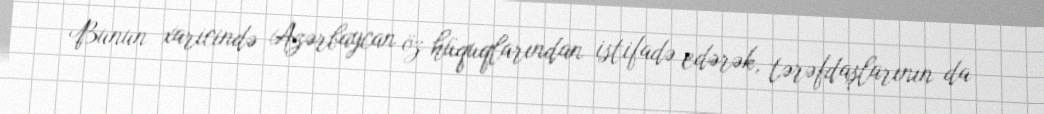
Bunun xaricində Azərbaycan öz hüquqlarından istifadə edərək, tərəfdaşlarının da